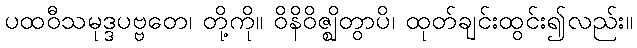
ပထဝီသမုဒ္ဒပဗ္ဗတေ၊ တို့ကို။ ဝိနိဝိဇ္ဈိတွာပိ၊ ထုတ်ချင်းထွင်း၍လည်း။